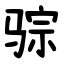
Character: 骔